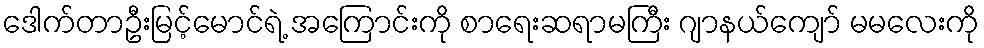
ဒေါက်တာဦးမြင့်မောင်ရဲ့ အကြောင်းကို စာရေးဆရာမကြီး ဂျာနယ်ကျော် မမလေးကို